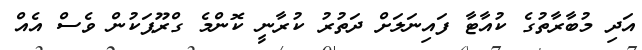
އަދި މުބާރާތުގެ ކުއާޓާ ފައިނަލަށް ދަތުރު ކުރާނީ ކޮންމެ ގްރޫޕަކުން ވެސް އެއް